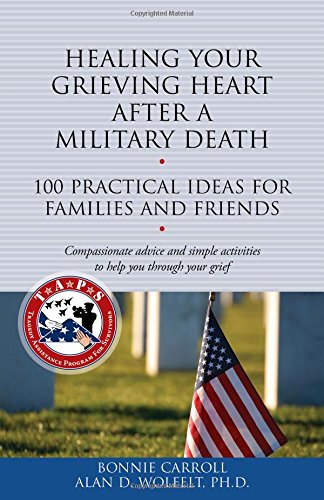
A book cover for Healing Your Grieving Heart After a Military Death: 100 Practical Ideas for Family and Friends (The 100 Ideas Series); Bonnie Carroll; Parenting & Relationships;